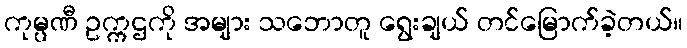
ကုမ္ပဏီ ဥက္ကဌကို အများ သဘောတူ ရွေးချယ် တင်မြောက်ခဲ့တယ်။